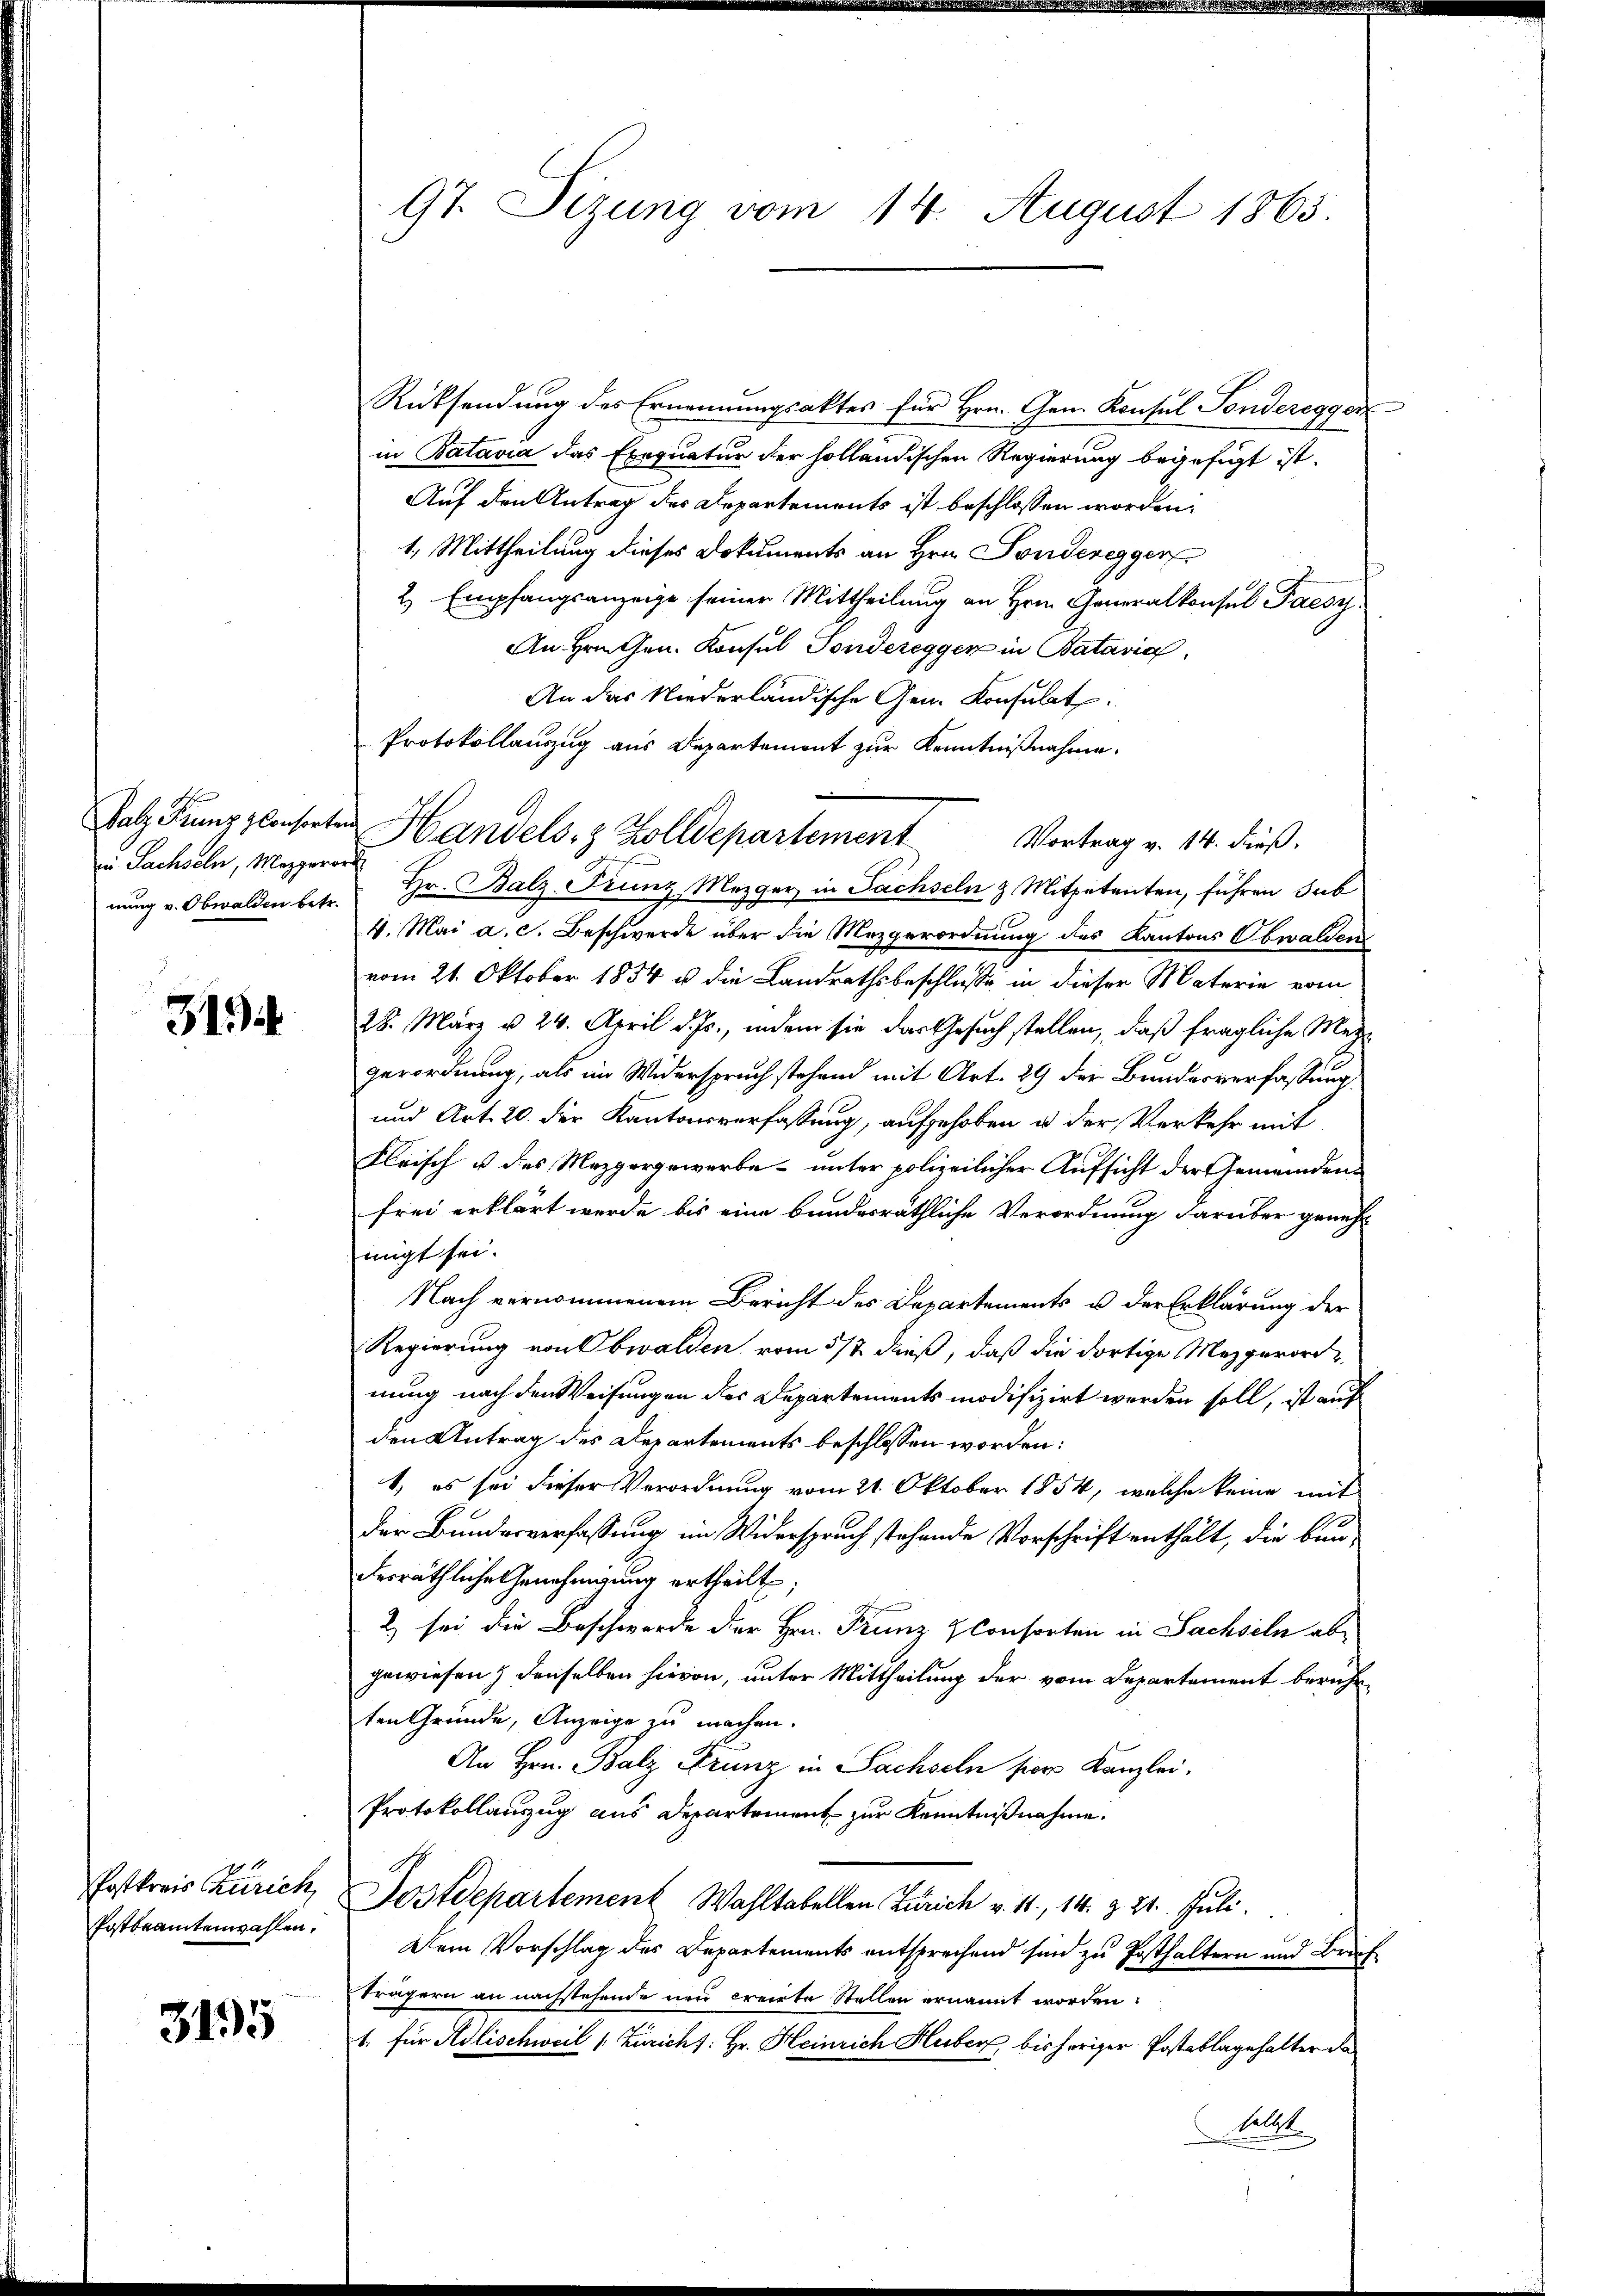
97. Sizung vom 14. August 1865.

Rücksendung des Ernennungsaktes für Hrn. Gen. Konsul Sonderegger
in Batavia das Exequatur der holländischen Regierung begefügt ist.
Auf den Antrag des Departements ist beschlossen worden.
1. Mittheilung dieses Dokuments an Hrn. Sonderegger
2. Empfangsanzeige seiner Mittheilung an Hrn. Generalkonsul Paesy.
An Hrn. Gen. Konsul Sonderegger in Batavia,
An das Niederländische Gen. Konsulat
Protokollauszug aus Departement zur Kenntnißnahme.
Vortrag v. 14. dieß.
Hr. Balz-Franz Mezger in Fachseln & Mitpetenten, führen Sub
4. Mai a. c. Beschwerde über die Mezgerordnung des Kantons Obwalden
vom 21. Oktober 1854 u. die Landrathsbeschlusse in dieser Materie vom
28. März v. 24. April d. Js., indem sie das Gesuch stellen, daß fragliche Mezgerordnung, als im Widerspruch stehend mit Art. 29 der Bundesverfassung
und Art. 20. der Kantonsverfassung, aufgehoben u der Verkehr mit
Fleisch u. des Mezgergewerbe- unter polizeilicher Aufsicht der Gemeinden
frei erklärt werde bis eine bundesräthliche Verordnung darüber genehmigt sei.
Nach vernommenem Bericht des Departements u. der Erklärung der
Regierung von Obwalden vom 5/2 dieß, daß die dortige Mezgerord
nung nach den Weisungen des Departements modifizirt werden soll, ist auf
den Antrag des Departements beschlossen worden:
1, es sei dieser Verordnung vom 21. Oktober 1854, welche keine mit
der Bundesverfassung im Widerspruch stehende Vorschrift enthält, die bei
derräthliche Genehmigung ertheilt.
2) sei die Beschwerde der Hrn. Franz consorten in Sachseln abgewiesen & denselben hievon, unter Mittheilung der vom Departement beruheten Gründe, Anzeige zu machen.
An Hrn. Balz Prunz in Sachseln sors Kanzlei.
Protokollanzug aus Departement zur Kenntnißnahme.
Postdepartement Wahltabellen Zürich v. 11, 14. & 21. Juli.
Dein Vorschlag des Departements entsprechend sind zu Posthaltern und Brief
Trägern an nachstehende neu creirte Stellen ernannt worden:
1. für Adlischweil (: Züricht: Hr. Heinrich Huber, bisheriger Postablagehalter da
selbst

e
Die Sachseln, Mezgerord
nung v. Obwalden betr.

Salz, Franz plonsorten Handels- & Zolldepartement

31

Postkreis Zürich,
Postbeamtenwahlen.

315